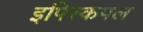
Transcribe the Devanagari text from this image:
इपिस्कपल